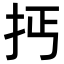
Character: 𢪪